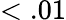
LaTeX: <.01